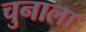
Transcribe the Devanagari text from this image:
चुनाला